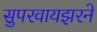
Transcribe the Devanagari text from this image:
सुपरवायझरने